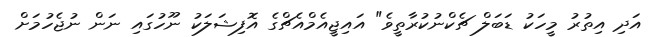
އަދި އިތުރު މީހަކު ޑަބަލް ޗެކްނުކުރާތީވެ" އައިޖީއެމްއެޗްގެ އޮފިޝަލަކު ނޫހުގައި ނަން ނުޖެހުމަށް